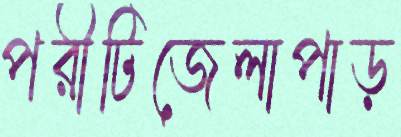
পরীটিজেলাপাড়